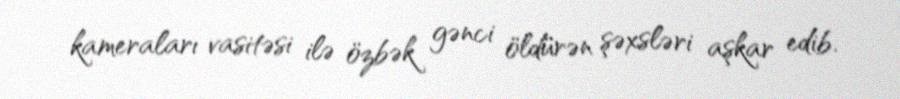
kameraları vasitəsi ilə özbək gənci öldürən şəxsləri aşkar edib.